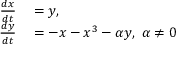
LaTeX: \begin{array} { r l } { { \frac { d x } { d t } } } & { { } = y , } \\ { { \frac { d y } { d t } } } & { { } = - x - x ^ { 3 } - \alpha y , ~ \alpha \neq 0 } \end{array}